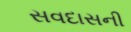
સવદાસની